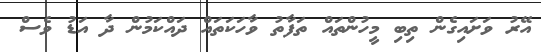
އޭރު ވަށައިގެން ތިބި މީހުންތައް ތަފާތު ވާހަކަތައް ދައްކަމުން ދާ އަޑު ވެސް